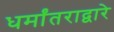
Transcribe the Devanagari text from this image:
धर्मांतराद्वारे